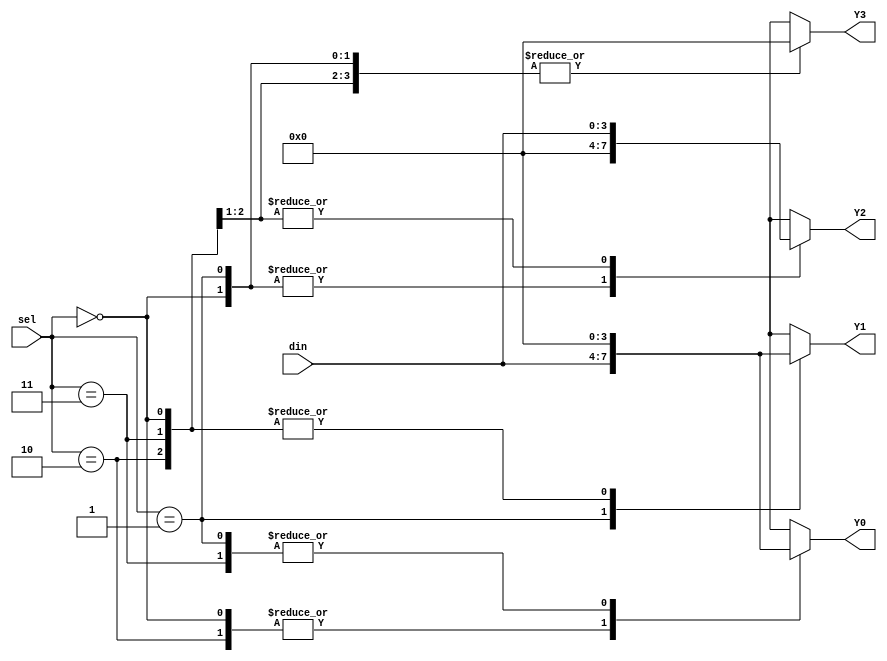
module Demux(
output reg [3:0] Y0, 
output reg [3:0] Y1, 
output reg [3:0] Y2, 
output reg [3:0] Y3, 
input [1:0] sel, 
input [3:0] din);


always @(sel) begin
    case (sel)
        2'b00 : begin 
		Y0 = din; 
		Y1 = 0; 
		Y2 = 0;
		Y3 = 0; 
	  end
        2'b01 : begin 
		Y0 = 0; 
		Y1 = din; 
		Y2 = 0;
		Y3 = 0;   
        end
        2'b10 : begin 
		Y0 = din; 
		Y1 = 0; 
		Y2 = din;
		Y3 = 0; 
	  end
        2'b11 : begin 
		Y0 = 0; 
		Y1 = 0; 
		Y2 = din;
		Y3 = 0;  
	  end
    endcase   
end


endmodule